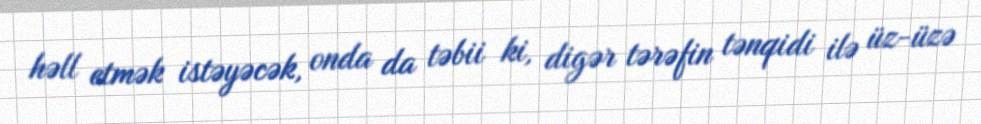
həll etmək istəyəcək, onda da təbii ki, digər tərəfin tənqidi ilə üz-üzə